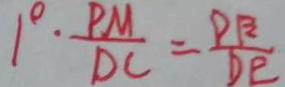
1 ^ { \circ } \cdot \frac { P M } { D C } = \frac { P B } { D E }